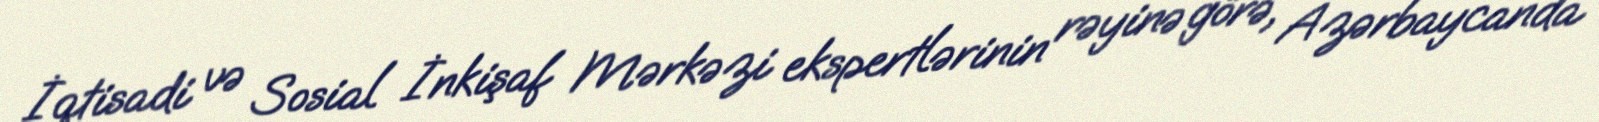
İqtisadi və Sosial İnkişaf Mərkəzi ekspertlərinin rəyinə görə, Azərbaycanda